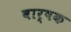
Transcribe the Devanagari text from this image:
वार्षक